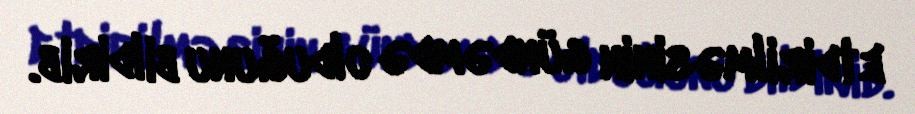
etdirilməsinin gündəmdə olduğunu bildirib.